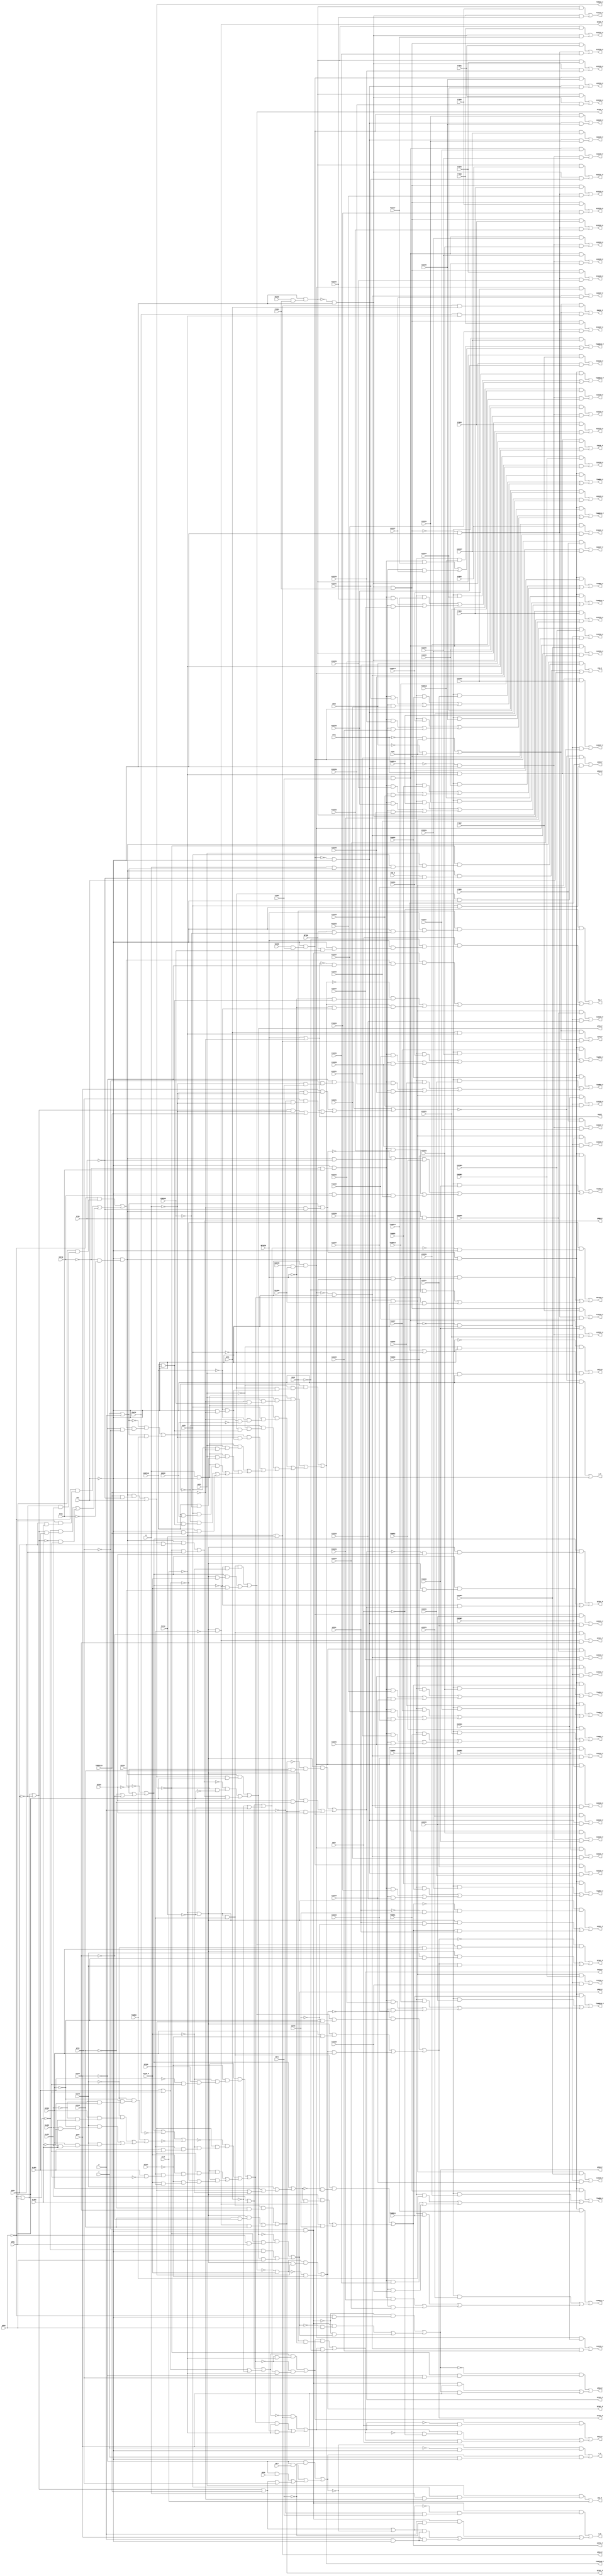
// IWLS benchmark module "apex6" printed on Wed May 29 16:03:32 2002
module apex6(PSRW, VFIN, PFIN, INFIN, VYBB0, VYBB1, VZZZE, PYBB0, PYBB1, PYBB2, PYBB3, PYBB4, PYBB5, PYBB6, PYBB7, PYBB8, PZZZE, INYBB0, INYBB1, INYBB2, INYBB3, INYBB4, INYBB5, INYBB6, INYBB7, INYBB8, INZZZE, MMERR, ESRSUM, CBT0, CBT1, CBT2, SLAD0, SLAD1, SLAD2, SLAD3, PSYNC, RPTEN, ICLR, STW_N, P1ZZZ0, P1ZZZ1, P1ZZZ2, P1ZZZ3, P1ZZZ4, P1ZZZ5, P1ZZZ6, P1ZZZ7, P2ZZZ0, P2ZZZ1, P2ZZZ2, P2ZZZ3, P2ZZZ4, P2ZZZ5, P2ZZZ6, P2ZZZ7, I1ZZZ0, I1ZZZ1, I1ZZZ2, I1ZZZ3, I1ZZZ4, I1ZZZ5, I1ZZZ6, I1ZZZ7, I2ZZZ0, I2ZZZ1, I2ZZZ2, I2ZZZ3, I2ZZZ4, I2ZZZ5, I2ZZZ6, I2ZZZ7, TXMESS_N, RYZ, COMPPAR, RPTWIN, XZFR0, XZFR1, XZFS, RXZ0, RXZ1, OFS2, OFS1, A, B, C, QPR0, QPR1, QPR2, QPR3, QPR4, AXZ0, AXZ1, V1ZZZ0, V1ZZZ1, V1ZZZ2, V1ZZZ3, V1ZZZ4, V1ZZZ5, V1ZZZ6, V1ZZZ7, V2ZZZ0, V2ZZZ1, V2ZZZ2, V2ZZZ3, V2ZZZ4, V2ZZZ5, V2ZZZ6, V2ZZZ7, TXWRD0, TXWRD1, TXWRD2, TXWRD3, TXWRD4, TXWRD5, TXWRD6, TXWRD7, TXWRD8, TXWRD9, TXWRD10, TXWRD11, TXWRD12, TXWRD13, TXWRD14, TXWRD15, XZ320, XZ321, XZ322, XZ323, XZ324, XZ160_N, XZ161, XZ162, XZ163, ENWIN, SBUFF, STW_F, TD_P, FSESR_P, P1ZZZ0_P, P1ZZZ1_P, P1ZZZ2_P, P1ZZZ3_P, P1ZZZ4_P, P1ZZZ5_P, P1ZZZ6_P, P1ZZZ7_P, P2ZZZ0_P, P2ZZZ1_P, P2ZZZ2_P, P2ZZZ3_P, P2ZZZ4_P, P2ZZZ5_P, P2ZZZ6_P, P2ZZZ7_P, I1ZZZ0_P, I1ZZZ1_P, I1ZZZ2_P, I1ZZZ3_P, I1ZZZ4_P, I1ZZZ5_P, I1ZZZ6_P, I1ZZZ7_P, I2ZZZ0_P, I2ZZZ1_P, I2ZZZ2_P, I2ZZZ3_P, I2ZZZ4_P, I2ZZZ5_P, I2ZZZ6_P, I2ZZZ7_P, TXMESS_F, RYZ_P, COMPPAR_P, RPTWIN_P, XZFR0_P, XZFR1_P, XZFS_P, RXZ0_P, RXZ1_P, OFS2_P, OFS1_P, A_P, B_P, C_P, QPR0_P, QPR1_P, QPR2_P, QPR3_P, QPR4_P, AXZ0_P, AXZ1_P, V1ZZZ0_P, V1ZZZ1_P, V1ZZZ2_P, V1ZZZ3_P, V1ZZZ4_P, V1ZZZ5_P, V1ZZZ6_P, V1ZZZ7_P, V2ZZZ0_P, V2ZZZ1_P, V2ZZZ2_P, V2ZZZ3_P, V2ZZZ4_P, V2ZZZ5_P, V2ZZZ6_P, V2ZZZ7_P, TXWRD0_P, TXWRD1_P, TXWRD2_P, TXWRD3_P, TXWRD4_P, TXWRD5_P, TXWRD6_P, TXWRD7_P, TXWRD8_P, TXWRD9_P, TXWRD10_P, TXWRD11_P, TXWRD12_P, TXWRD13_P, TXWRD14_P, TXWRD15_P, XZ320_P, XZ321_P, XZ322_P, XZ323_P, XZ324_P, XZ160_F, XZ161_P, XZ162_P, XZ163_P, ENWIN_P);
input
  A,
  B,
  C,
  STW_N,
  QPR0,
  QPR1,
  QPR2,
  QPR3,
  QPR4,
  ENWIN,
  INZZZE,
  XZFR0,
  XZFR1,
  VZZZE,
  RXZ0,
  RXZ1,
  INFIN,
  V2ZZZ0,
  V2ZZZ1,
  V2ZZZ2,
  V2ZZZ3,
  V2ZZZ4,
  V2ZZZ5,
  V2ZZZ6,
  V2ZZZ7,
  XZ161,
  XZ162,
  XZ163,
  I2ZZZ0,
  I2ZZZ1,
  I2ZZZ2,
  I2ZZZ3,
  I2ZZZ4,
  I2ZZZ5,
  I2ZZZ6,
  XZ160_N,
  I2ZZZ7,
  TXMESS_N,
  PZZZE,
  RYZ,
  AXZ0,
  AXZ1,
  COMPPAR,
  MMERR,
  V1ZZZ0,
  PSRW,
  V1ZZZ1,
  V1ZZZ2,
  V1ZZZ3,
  V1ZZZ4,
  V1ZZZ5,
  V1ZZZ6,
  V1ZZZ7,
  I1ZZZ0,
  I1ZZZ1,
  I1ZZZ2,
  I1ZZZ3,
  I1ZZZ4,
  I1ZZZ5,
  I1ZZZ6,
  I1ZZZ7,
  RPTEN,
  XZ320,
  XZ321,
  XZ322,
  XZ323,
  XZ324,
  CBT0,
  CBT1,
  CBT2,
  ESRSUM,
  SLAD0,
  SLAD1,
  SLAD2,
  SLAD3,
  XZFS,
  RPTWIN,
  PFIN,
  PSYNC,
  OFS1,
  OFS2,
  P2ZZZ0,
  P2ZZZ1,
  P2ZZZ2,
  P2ZZZ3,
  P2ZZZ4,
  TXWRD0,
  P2ZZZ5,
  TXWRD1,
  P2ZZZ6,
  TXWRD2,
  P2ZZZ7,
  TXWRD3,
  TXWRD4,
  TXWRD5,
  TXWRD6,
  TXWRD7,
  TXWRD8,
  TXWRD9,
  INYBB0,
  INYBB1,
  INYBB2,
  INYBB3,
  INYBB4,
  INYBB5,
  INYBB6,
  INYBB7,
  INYBB8,
  VYBB0,
  VYBB1,
  TXWRD10,
  TXWRD11,
  TXWRD12,
  TXWRD13,
  TXWRD14,
  TXWRD15,
  PYBB0,
  PYBB1,
  PYBB2,
  PYBB3,
  PYBB4,
  PYBB5,
  PYBB6,
  PYBB7,
  PYBB8,
  ICLR,
  P1ZZZ0,
  P1ZZZ1,
  P1ZZZ2,
  P1ZZZ3,
  P1ZZZ4,
  P1ZZZ5,
  P1ZZZ6,
  P1ZZZ7,
  VFIN;
output
  V2ZZZ2_P,
  QPR3_P,
  XZ323_P,
  P1ZZZ4_P,
  I1ZZZ3_P,
  TXWRD5_P,
  STW_F,
  TXWRD13_P,
  V1ZZZ4_P,
  P2ZZZ1_P,
  I2ZZZ2_P,
  TXWRD0_P,
  A_P,
  V2ZZZ1_P,
  TXWRD8_P,
  QPR4_P,
  XZ324_P,
  P1ZZZ3_P,
  I1ZZZ4_P,
  V1ZZZ3_P,
  COMPPAR_P,
  XZFS_P,
  P2ZZZ4_P,
  I2ZZZ3_P,
  XZ160_F,
  B_P,
  TXMESS_F,
  TXWRD7_P,
  P1ZZZ6_P,
  V2ZZZ4_P,
  I1ZZZ5_P,
  TXWRD15_P,
  V1ZZZ6_P,
  XZ161_P,
  RPTWIN_P,
  P2ZZZ3_P,
  AXZ0_P,
  I2ZZZ4_P,
  TXWRD2_P,
  C_P,
  P1ZZZ5_P,
  V2ZZZ3_P,
  I1ZZZ6_P,
  FSESR_P,
  V1ZZZ5_P,
  XZ162_P,
  TXWRD10_P,
  P1ZZZ0_P,
  OFS1_P,
  P2ZZZ6_P,
  AXZ1_P,
  I2ZZZ5_P,
  TXWRD1_P,
  I1ZZZ7_P,
  TXWRD9_P,
  ENWIN_P,
  V1ZZZ0_P,
  V2ZZZ6_P,
  XZ163_P,
  OFS2_P,
  P2ZZZ5_P,
  I1ZZZ0_P,
  I2ZZZ6_P,
  QPR0_P,
  XZ320_P,
  P1ZZZ7_P,
  TXWRD4_P,
  RXZ0_P,
  V2ZZZ5_P,
  SBUFF,
  V1ZZZ7_P,
  P2ZZZ0_P,
  TXWRD12_P,
  I2ZZZ7_P,
  P1ZZZ2_P,
  V2ZZZ0_P,
  I1ZZZ1_P,
  QPR1_P,
  XZ321_P,
  TXWRD3_P,
  RXZ1_P,
  V1ZZZ2_P,
  XZFR0_P,
  TD_P,
  I2ZZZ0_P,
  P2ZZZ7_P,
  TXWRD11_P,
  P1ZZZ1_P,
  I1ZZZ2_P,
  RYZ_P,
  QPR2_P,
  XZ322_P,
  V2ZZZ7_P,
  TXWRD6_P,
  V1ZZZ1_P,
  XZFR1_P,
  TXWRD14_P,
  P2ZZZ2_P,
  I2ZZZ1_P;
wire
  \[60] ,
  \[61] ,
  \[62] ,
  \[63] ,
  \[64] ,
  \[65] ,
  \[66] ,
  \[67] ,
  \[68] ,
  MIS11154,
  \[69] ,
  \[0] ,
  \[1] ,
  \[2] ,
  MIS8768,
  \[3] ,
  MIS8027,
  \[4] ,
  \[70] ,
  \[5] ,
  \[71] ,
  \[6] ,
  \[72] ,
  \[7] ,
  \[73] ,
  \[8] ,
  \[74] ,
  \[9] ,
  \[75] ,
  \[76] ,
  \[77] ,
  \[78] ,
  \[79] ,
  \[80] ,
  \[81] ,
  MIS9061,
  \[82] ,
  \[83] ,
  \[84] ,
  \[85] ,
  \[86] ,
  \[87] ,
  \[88] ,
  \[89] ,
  \[10] ,
  \[11] ,
  \[12] ,
  \[13] ,
  \[90] ,
  \[14] ,
  \[91] ,
  \[15] ,
  \[92] ,
  \[16] ,
  \[93] ,
  \[17] ,
  \[94] ,
  MIS9174,
  \[18] ,
  \[95] ,
  \[19] ,
  \[96] ,
  \[97] ,
  \[98] ,
  \[100] ,
  \[99] ,
  \[101] ,
  \[103] ,
  \[20] ,
  \[105] ,
  \[21] ,
  \[106] ,
  \[22] ,
  \[23] ,
  \[108] ,
  \[24] ,
  \[109] ,
  \[25] ,
  \[26] ,
  \[27] ,
  \[28] ,
  \[29] ,
  \[110] ,
  MIS11549,
  \[111] ,
  MIS11560,
  \[112] ,
  MIS11581,
  MIS11582,
  MIS11583,
  MIS11584,
  MIS11585,
  MIS11586,
  MIS11587,
  MIS11588,
  MIS11589,
  \[30] ,
  \[31] ,
  \[116] ,
  \[32] ,
  MIS11590,
  MIS11591,
  MIS11592,
  MIS11594,
  \[117] ,
  \[33] ,
  \[34] ,
  \[35] ,
  \[36] ,
  \[37] ,
  MIS15650,
  \[38] ,
  \[39] ,
  \[121] ,
  \[122] ,
  \[123] ,
  \[124] ,
  \[40] ,
  \[125] ,
  \[41] ,
  \[42] ,
  MIS16690,
  \[43] ,
  \[44] ,
  \[45] ,
  \[46] ,
  \[47] ,
  MIS7564,
  \[48] ,
  \[49] ,
  MIS16544,
  \[131] ,
  \[50] ,
  \[51] ,
  \[52] ,
  \[53] ,
  MIS8641,
  \[54] ,
  \[55] ,
  MIS15847,
  MIS15080,
  MIS15081,
  \[56] ,
  \[57] ,
  \[58] ,
  \[59] ,
  MIS16858;
assign
  \[60]  = (MIS11590 & V1ZZZ4) | (MIS11589 & V1ZZZ3),
  \[61]  = (MIS11590 & V1ZZZ5) | (MIS11589 & V1ZZZ4),
  V2ZZZ2_P = \[67] ,
  \[62]  = (MIS11590 & V1ZZZ6) | (MIS11589 & V1ZZZ5),
  \[63]  = (MIS11590 & V1ZZZ7) | (MIS11589 & V1ZZZ6),
  QPR3_P = \[53] ,
  XZ323_P = \[92] ,
  \[64]  = (MIS11590 & VYBB1) | (MIS11589 & V1ZZZ7),
  P1ZZZ4_P = \[8] ,
  \[65]  = (MIS11592 & V2ZZZ1) | (MIS11591 & V2ZZZ0),
  I1ZZZ3_P = \[23] ,
  \[66]  = (MIS11592 & V2ZZZ2) | (MIS11591 & V2ZZZ1),
  TXWRD5_P = \[78] ,
  \[67]  = (MIS11592 & V2ZZZ3) | (MIS11591 & V2ZZZ2),
  \[68]  = (MIS11592 & V2ZZZ4) | (MIS11591 & V2ZZZ3),
  MIS11154 = (~\[110]  & (MIS16690 & (~QPR4 & ~QPR3))) | (\[110]  & TXWRD0),
  STW_F = \[1] ,
  TXWRD13_P = \[86] ,
  \[69]  = (MIS11592 & V2ZZZ5) | (MIS11591 & V2ZZZ4),
  V1ZZZ4_P = \[61] ,
  P2ZZZ1_P = \[13] ,
  \[0]  = RPTWIN | ~TXMESS_N,
  I2ZZZ2_P = \[30] ,
  \[1]  = (MIS15080 & (~\[36]  & (AXZ1 & (AXZ0 & (A & ~VFIN))))) | ((MIS15080 & (STW_N & ~VFIN)) | RYZ),
  \[2]  = (~RXZ1 & (RXZ0 & (RPTWIN & (~RYZ & (RPTEN & ~ESRSUM))))) | ((RXZ1 & (~RXZ0 & (RPTWIN & (~RYZ & (RPTEN & ESRSUM))))) | ((\[125]  & (MIS16690 & (~\[0]  & ~QPR4))) | ((~\[38]  & (~RPTWIN & (COMPPAR & ~RYZ))) | (\[38]  & (~RPTWIN & ~COMPPAR))))),
  MIS8768 = \[131]  | ~QPR0,
  \[3]  = (\[45]  & OFS2) | (XZFR1 & ~ICLR),
  MIS8027 = MIS7564 | (XZ163 | (XZ162 | (XZ161 | ~XZ160_N))),
  TXWRD0_P = \[73] ,
  \[4]  = (MIS11588 & PYBB1) | (MIS11587 & P1ZZZ0),
  \[70]  = (MIS11592 & V2ZZZ6) | (MIS11591 & V2ZZZ5),
  A_P = \[47] ,
  \[5]  = (MIS11588 & PYBB2) | (MIS11587 & P1ZZZ1),
  \[71]  = (MIS11592 & V2ZZZ7) | (MIS11591 & V2ZZZ6),
  V2ZZZ1_P = \[66] ,
  \[6]  = (MIS11588 & PYBB3) | (MIS11587 & P1ZZZ2),
  \[72]  = (MIS11592 & VYBB1) | (MIS11591 & V2ZZZ7),
  \[7]  = (MIS11588 & PYBB4) | (MIS11587 & P1ZZZ3),
  \[73]  = (\[103]  & TXWRD1) | ((\[101]  & V1ZZZ0) | ((\[100]  & TXWRD0) | ((MIS15081 & P1ZZZ0) | (MIS11594 & I1ZZZ0)))),
  TXWRD8_P = \[81] ,
  QPR4_P = \[54] ,
  XZ324_P = \[93] ,
  \[8]  = (MIS11588 & PYBB5) | (MIS11587 & P1ZZZ4),
  \[74]  = (\[103]  & TXWRD2) | ((\[101]  & V1ZZZ1) | ((\[100]  & TXWRD1) | ((MIS15081 & P1ZZZ1) | (MIS11594 & I1ZZZ1)))),
  P1ZZZ3_P = \[7] ,
  \[9]  = (MIS11588 & PYBB6) | (MIS11587 & P1ZZZ5),
  \[75]  = (\[103]  & TXWRD3) | ((\[101]  & V1ZZZ2) | ((\[100]  & TXWRD2) | ((MIS15081 & P1ZZZ2) | (MIS11594 & I1ZZZ2)))),
  I1ZZZ4_P = \[24] ,
  \[76]  = (\[103]  & TXWRD4) | ((\[101]  & V1ZZZ3) | ((\[100]  & TXWRD3) | ((MIS15081 & P1ZZZ3) | (MIS11594 & I1ZZZ3)))),
  \[77]  = (\[103]  & TXWRD5) | ((\[101]  & V1ZZZ4) | ((\[100]  & TXWRD4) | ((MIS15081 & P1ZZZ4) | (MIS11594 & I1ZZZ4)))),
  \[78]  = (\[103]  & TXWRD6) | ((\[101]  & V1ZZZ5) | ((\[100]  & TXWRD5) | ((MIS15081 & P1ZZZ5) | (MIS11594 & I1ZZZ5)))),
  \[79]  = (\[103]  & TXWRD7) | ((\[101]  & V1ZZZ6) | ((\[100]  & TXWRD6) | ((MIS15081 & P1ZZZ6) | (MIS11594 & I1ZZZ6)))),
  V1ZZZ3_P = \[60] ,
  COMPPAR_P = \[38] ,
  XZFS_P = \[42] ,
  P2ZZZ4_P = \[16] ,
  I2ZZZ3_P = \[31] ,
  \[80]  = (\[103]  & TXWRD8) | ((\[101]  & V1ZZZ7) | ((\[100]  & TXWRD7) | ((MIS15081 & P1ZZZ7) | (MIS11594 & I1ZZZ7)))),
  XZ160_F = \[94] ,
  B_P = \[48] ,
  TXMESS_F = \[36] ,
  \[81]  = (\[103]  & TXWRD9) | ((\[101]  & V2ZZZ0) | ((\[100]  & TXWRD8) | ((MIS15081 & P2ZZZ0) | (MIS11594 & I2ZZZ0)))),
  MIS9061 = (~QPR4 & (~QPR3 & (~A & CBT2))) | ((QPR4 & (QPR3 & ~A)) | ((QPR3 & (~B & ~A)) | ((MIS8768 & ~A) | TXMESS_N))),
  \[82]  = (\[103]  & TXWRD10) | ((\[101]  & V2ZZZ1) | ((\[100]  & TXWRD9) | ((MIS15081 & P2ZZZ1) | (MIS11594 & I2ZZZ1)))),
  \[83]  = (\[103]  & TXWRD11) | ((\[101]  & V2ZZZ2) | ((\[100]  & TXWRD10) | ((MIS15081 & P2ZZZ2) | (MIS11594 & I2ZZZ2)))),
  TXWRD7_P = \[80] ,
  \[84]  = (\[103]  & TXWRD12) | ((\[101]  & V2ZZZ3) | ((\[100]  & TXWRD11) | ((MIS15081 & P2ZZZ3) | (MIS11594 & I2ZZZ3)))),
  P1ZZZ6_P = \[10] ,
  V2ZZZ4_P = \[69] ,
  \[85]  = (\[103]  & TXWRD13) | ((\[101]  & V2ZZZ4) | ((\[100]  & TXWRD12) | ((MIS15081 & P2ZZZ4) | (MIS11594 & I2ZZZ4)))),
  I1ZZZ5_P = \[25] ,
  \[86]  = (\[103]  & TXWRD14) | ((\[101]  & V2ZZZ5) | ((\[100]  & TXWRD13) | ((MIS15081 & P2ZZZ5) | (MIS11594 & I2ZZZ5)))),
  \[87]  = (\[103]  & TXWRD15) | ((\[101]  & V2ZZZ6) | ((\[100]  & TXWRD14) | ((MIS15081 & P2ZZZ6) | (MIS11594 & I2ZZZ6)))),
  \[88]  = (\[101]  & V2ZZZ7) | ((\[100]  & TXWRD15) | ((MIS15081 & P2ZZZ7) | (MIS11594 & I2ZZZ7))),
  TXWRD15_P = \[88] ,
  \[89]  = MIS11560 & ~XZ320,
  V1ZZZ6_P = \[63] ,
  XZ161_P = \[95] ,
  RPTWIN_P = \[39] ,
  \[10]  = (MIS11588 & PYBB7) | (MIS11587 & P1ZZZ6),
  \[11]  = (MIS11588 & PYBB8) | (MIS11587 & P1ZZZ7),
  P2ZZZ3_P = \[15] ,
  \[12]  = (MIS11586 & PYBB1) | (MIS11585 & P2ZZZ0),
  AXZ0_P = \[55] ,
  I2ZZZ4_P = \[32] ,
  \[13]  = (MIS11586 & PYBB2) | (MIS11585 & P2ZZZ1),
  TXWRD2_P = \[75] ,
  \[90]  = (\[123]  & ~XZ321) | (\[89]  & XZ321),
  C_P = \[49] ,
  \[14]  = (MIS11586 & PYBB3) | (MIS11585 & P2ZZZ2),
  \[91]  = (\[123]  & (~XZ322 & XZ321)) | ((MIS11560 & (XZ322 & ~XZ321)) | (\[89]  & XZ322)),
  \[15]  = (MIS11586 & PYBB4) | (MIS11585 & P2ZZZ3),
  \[92]  = (MIS11560 & (~\[91]  & (~XZ323 & XZ322))) | ((MIS11560 & (XZ323 & ~XZ322)) | (\[91]  & XZ323)),
  \[16]  = (MIS11586 & PYBB5) | (MIS11585 & P2ZZZ4),
  \[93]  = (MIS7564 & (MIS11560 & (~\[92]  & XZ323))) | ((MIS7564 & (MIS11560 & XZ324)) | (~MIS7564 & \[92] )),
  \[17]  = (MIS11586 & PYBB6) | (MIS11585 & P2ZZZ5),
  \[94]  = (\[123]  & (~MIS7564 & ~XZ160_N)) | ((MIS7564 & (MIS11560 & XZ160_N)) | (\[89]  & XZ160_N)),
  MIS9174 = (~QPR4 & ~CBT2) | ((~QPR4 & CBT1) | ((~QPR4 & CBT0) | (\[112]  | QPR3))),
  P1ZZZ5_P = \[9] ,
  V2ZZZ3_P = \[68] ,
  \[18]  = (MIS11586 & PYBB7) | (MIS11585 & P2ZZZ6),
  \[95]  = (\[117]  & (MIS11560 & XZ161)) | (~\[117]  & ~XZ161),
  I1ZZZ6_P = \[26] ,
  \[19]  = (MIS11586 & PYBB8) | (MIS11585 & P2ZZZ7),
  \[96]  = (~\[95]  & (\[94]  & (~XZ162 & XZ161))) | ((MIS11560 & (XZ162 & ~XZ161)) | (\[95]  & XZ162)),
  \[97]  = (~\[96]  & (\[94]  & (~XZ163 & XZ162))) | ((MIS11560 & (XZ163 & ~XZ162)) | (\[96]  & XZ163)),
  FSESR_P = \[3] ,
  \[98]  = (\[124]  & (\[46]  & XZFS)) | (\[124]  & (ENWIN & ~ICLR)),
  \[100]  = ~MIS11549 & (MIS15080 & ~VFIN),
  \[99]  = SLAD1 | SLAD0,
  \[101]  = MIS15080 & VFIN,
  V1ZZZ5_P = \[62] ,
  XZ162_P = \[96] ,
  \[103]  = MIS11549 & MIS15080,
  TXWRD10_P = \[83] ,
  \[20]  = (MIS11582 & INYBB1) | (MIS11581 & I1ZZZ0),
  \[105]  = MIS7564 | ~ENWIN,
  \[21]  = (MIS11582 & INYBB2) | (MIS11581 & I1ZZZ1),
  P1ZZZ0_P = \[4] ,
  OFS1_P = \[46] ,
  \[106]  = \[99]  | ~XZFS,
  P2ZZZ6_P = \[18] ,
  \[22]  = (MIS11582 & INYBB3) | (MIS11581 & I1ZZZ2),
  AXZ1_P = \[56] ,
  I2ZZZ5_P = \[33] ,
  \[23]  = (MIS11582 & INYBB4) | (MIS11581 & I1ZZZ3),
  TXWRD1_P = \[74] ,
  \[108]  = \[105]  | ~MIS16858,
  \[24]  = (MIS11582 & INYBB5) | (MIS11581 & I1ZZZ4),
  \[109]  = SLAD3 | SLAD2,
  \[25]  = (MIS11582 & INYBB6) | (MIS11581 & I1ZZZ5),
  I1ZZZ7_P = \[27] ,
  \[26]  = (MIS11582 & INYBB7) | (MIS11581 & I1ZZZ6),
  TXWRD9_P = \[82] ,
  ENWIN_P = \[98] ,
  \[27]  = (MIS11582 & INYBB8) | (MIS11581 & I1ZZZ7),
  V1ZZZ0_P = \[57] ,
  V2ZZZ6_P = \[71] ,
  \[28]  = (MIS11584 & INYBB1) | (MIS11583 & I2ZZZ0),
  \[29]  = (MIS11584 & INYBB2) | (MIS11583 & I2ZZZ1),
  \[110]  = C | B,
  MIS11549 = \[110]  & (~TXMESS_N & ~VFIN),
  \[111]  = A & ~RYZ,
  MIS11560 = ~ICLR & ~PSYNC,
  \[112]  = MIS8768 | TXMESS_N,
  XZ163_P = \[97] ,
  MIS11581 = ~MIS11582 & ~RYZ,
  MIS11582 = MIS11583 & INYBB0,
  MIS11583 = ~MIS11584 & ~RYZ,
  MIS11584 = ~RYZ & (INZZZE & INYBB0),
  MIS11585 = ~MIS11586 & ~RYZ,
  MIS11586 = ~RYZ & (PZZZE & PYBB0),
  MIS11587 = ~MIS11588 & ~RYZ,
  MIS11588 = MIS11585 & PYBB0,
  MIS11589 = ~MIS11590 & ~RYZ,
  \[30]  = (MIS11584 & INYBB3) | (MIS11583 & I2ZZZ2),
  \[31]  = (MIS11584 & INYBB4) | (MIS11583 & I2ZZZ3),
  OFS2_P = \[45] ,
  \[116]  = MIS9061 | ~AXZ0,
  P2ZZZ5_P = \[17] ,
  \[32]  = (MIS11584 & INYBB5) | (MIS11583 & I2ZZZ4),
  MIS11590 = MIS11591 & VYBB0,
  MIS11591 = ~MIS11592 & ~RYZ,
  I1ZZZ0_P = \[20] ,
  MIS11592 = ~RYZ & (VZZZE & VYBB0),
  MIS11594 = ~RYZ & INFIN,
  \[117]  = ~\[94]  | XZ160_N,
  I2ZZZ6_P = \[34] ,
  \[33]  = (MIS11584 & INYBB6) | (MIS11583 & I2ZZZ5),
  QPR0_P = \[50] ,
  XZ320_P = \[89] ,
  \[34]  = (MIS11584 & INYBB7) | (MIS11583 & I2ZZZ6),
  P1ZZZ7_P = \[11] ,
  \[35]  = (MIS11584 & INYBB8) | (MIS11583 & I2ZZZ7),
  \[36]  = (MIS15080 & (TXMESS_N & ~VFIN)) | RYZ,
  TXWRD4_P = \[77] ,
  RXZ0_P = \[43] ,
  \[37]  = (AXZ1 & (AXZ0 & (A & ~TXMESS_N))) | ICLR,
  MIS15650 = \[109]  | (~XZFS | ~PSYNC),
  V2ZZZ5_P = \[70] ,
  \[38]  = (MIS11154 & (~AXZ1 & (~AXZ0 & (~COMPPAR & (~RYZ & ~TXMESS_N))))) | ((\[111]  & (AXZ1 & (~COMPPAR & (~TXMESS_N & ESRSUM)))) | ((\[111]  & (AXZ0 & (~COMPPAR & (~TXMESS_N & ~MMERR)))) | ((~MIS11154 & (~AXZ1 & (~AXZ0 & (COMPPAR & ~RYZ)))) | ((MIS11154 & (~A & (~COMPPAR & (~RYZ & ~TXMESS_N)))) | ((\[111]  & (AXZ1 & (AXZ0 & ~TXMESS_N))) | ((\[111]  & (AXZ1 & (COMPPAR & ~ESRSUM))) | ((\[111]  & (AXZ0 & (COMPPAR & MMERR))) | ((~MIS11154 & (~A & (COMPPAR & ~RYZ))) | (COMPPAR & (~RYZ & TXMESS_N)))))))))),
  \[39]  = (~\[99]  & (~MIS15650 & ~RYZ)) | ((~RXZ1 & (RPTWIN & ~RYZ)) | ((~RXZ0 & (RPTWIN & ~RYZ)) | (MIS15847 & ~RYZ))),
  SBUFF = \[0] ,
  V1ZZZ7_P = \[64] ,
  P2ZZZ0_P = \[12] ,
  \[121]  = \[109]  | \[106] ,
  \[122]  = \[112]  | ~MIS9174,
  \[123]  = MIS11560 & XZ320,
  TXWRD12_P = \[85] ,
  \[124]  = (~OFS1 & PSRW) | (~OFS2 & PSRW),
  I2ZZZ7_P = \[35] ,
  \[40]  = (\[123]  & (~MIS8027 & ~XZFR0)) | ((MIS11560 & (MIS8027 & XZFR0)) | (\[89]  & XZFR0)),
  \[125]  = ~QPR3 & ~RYZ,
  \[41]  = (MIS11560 & (~\[40]  & (~XZFR1 & XZFR0))) | ((MIS11560 & (XZFR1 & ~XZFR0)) | (\[40]  & XZFR1)),
  P1ZZZ2_P = \[6] ,
  V2ZZZ0_P = \[65] ,
  \[42]  = (\[124]  & (XZFS & ~ICLR)) | (\[124]  & \[46] ),
  MIS16690 = (~QPR2 & (QPR1 & (~QPR0 & SLAD3))) | ((~QPR2 & (QPR1 & (QPR0 & SLAD2))) | ((~\[131]  & (MIS8768 & SLAD1)) | (~MIS8768 & SLAD0))),
  I1ZZZ1_P = \[21] ,
  \[43]  = (MIS16544 & (RXZ0 & ~RPTWIN)) | (MIS8641 & ~RXZ0),
  QPR1_P = \[51] ,
  XZ321_P = \[90] ,
  \[44]  = (MIS16544 & (~MIS8641 & RXZ1)) | ((MIS8641 & (~\[43]  & ~RXZ1)) | (\[43]  & RXZ1)),
  \[45]  = OFS1 & ~ICLR,
  \[46]  = ~ICLR & PSYNC,
  TXWRD3_P = \[76] ,
  RXZ1_P = \[44] ,
  \[47]  = (~MIS9061 & ~RYZ) | \[111] ,
  V1ZZZ2_P = \[59] ,
  MIS7564 = ~XZ324 | (~XZ323 | (~XZ322 | ~XZ321)),
  XZFR0_P = \[40] ,
  TD_P = \[2] ,
  \[48]  = (\[125]  & (~\[122]  & (~B & CBT2))) | ((\[125]  & (B & ~CBT2)) | ((\[122]  & (B & ~RYZ)) | (QPR4 & (B & ~RYZ)))),
  \[49]  = (~MIS9174 & (~C & ~RYZ)) | (MIS9174 & (C & ~RYZ)),
  MIS16544 = (\[121]  & (~MIS15847 & ~ICLR)) | (~MIS15847 & (MIS15650 & ~ICLR)),
  I2ZZZ0_P = \[28] ,
  \[131]  = ~QPR2 | QPR1,
  P2ZZZ7_P = \[19] ,
  TXWRD11_P = \[84] ,
  \[50]  = (MIS15080 & (\[36]  & QPR0)) | (~\[36]  & ~QPR0),
  \[51]  = (MIS15080 & (\[36]  & QPR1)) | ((~\[50]  & (~\[36]  & ~QPR1)) | (\[50]  & QPR1)),
  P1ZZZ1_P = \[5] ,
  \[52]  = (~\[51]  & (~\[36]  & (~QPR2 & QPR1))) | ((~\[131]  & ~RYZ) | (\[51]  & QPR2)),
  I1ZZZ2_P = \[22] ,
  RYZ_P = \[37] ,
  \[53]  = (~\[125]  & (~QPR2 & ~RYZ)) | ((\[125]  & (~\[52]  & QPR2)) | (~\[125]  & \[52] )),
  QPR2_P = \[52] ,
  XZ322_P = \[91] ,
  MIS8641 = (~\[121]  & \[46] ) | ((MIS15847 & ~ICLR) | (RPTWIN & ~ICLR)),
  \[54]  = (~\[53]  & (~\[36]  & (~QPR4 & QPR3))) | ((\[125]  & QPR4) | (\[53]  & QPR4)),
  V2ZZZ7_P = \[72] ,
  \[55]  = (~MIS9061 & (~AXZ0 & ~RYZ)) | (MIS9061 & (AXZ0 & ~RYZ)),
  MIS15847 = (~\[108]  & (~XZ161 & (~XZ160_N & (XZ320 & (~SLAD1 & SLAD0))))) | ((~\[108]  & (XZ161 & (~XZ160_N & (XZ320 & (SLAD1 & SLAD0))))) | ((~\[108]  & (XZ161 & (XZ160_N & (XZ320 & (SLAD1 & ~SLAD0))))) | (~\[108]  & (~\[99]  & (~XZ161 & (XZ160_N & XZ320)))))),
  MIS15080 = ~RYZ & (~INFIN & ~PFIN),
  MIS15081 = ~RYZ & (~INFIN & PFIN),
  \[56]  = (~\[116]  & (~AXZ1 & ~RYZ)) | (\[116]  & (AXZ1 & ~RYZ)),
  TXWRD6_P = \[79] ,
  \[57]  = (MIS11590 & V1ZZZ1) | (MIS11589 & V1ZZZ0),
  V1ZZZ1_P = \[58] ,
  XZFR1_P = \[41] ,
  \[58]  = (MIS11590 & V1ZZZ2) | (MIS11589 & V1ZZZ1),
  TXWRD14_P = \[87] ,
  \[59]  = (MIS11590 & V1ZZZ3) | (MIS11589 & V1ZZZ2),
  P2ZZZ2_P = \[14] ,
  I2ZZZ1_P = \[29] ,
  MIS16858 = (~XZ163 & (~XZ162 & (~SLAD3 & ~SLAD2))) | ((~XZ163 & (XZ162 & (~SLAD3 & SLAD2))) | ((XZ163 & (~XZ162 & (SLAD3 & ~SLAD2))) | (XZ163 & (XZ162 & (SLAD3 & SLAD2)))));
endmodule